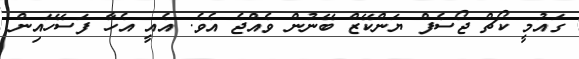
ގައުމީ ކޯޗް ޖޯސެފް ޔަންކޭޒް ބޭނުން ވެއްޖެ އެވެ. އެއީ އެހާ ފަސޭހައިން